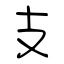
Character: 支